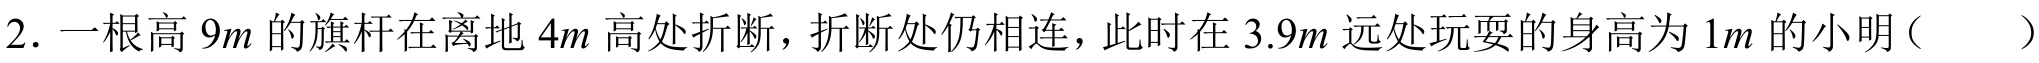
2. 一根高 \(9m\) 的旗杆在离地 \(4m\) 高处折断，折断处仍相连，此时在 \(3.9m\) 远处玩耍的身高为 \(1m\) 的小明（  ）